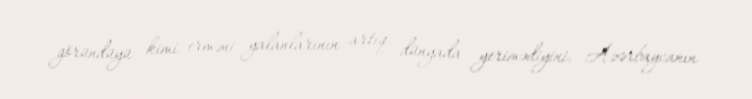
göründüyü kimi erməni yalanlarının artıq dünyada yerimədiyini, Azərbaycanın